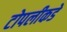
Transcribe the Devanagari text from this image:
टोपलीकडे